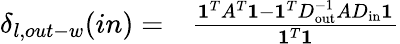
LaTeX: \begin{array}{rl}{\delta_{l,out-w}(in)=}&{{}\frac{\mathbf{1}^{T}A^{T}\mathbf{1}-\mathbf{1}^{T}D_{\mathrm{out}}^{-1}AD_{\mathrm{in}}\mathbf{1}}{\mathbf{1}^{T}\mathbf{1}}}\end{array}